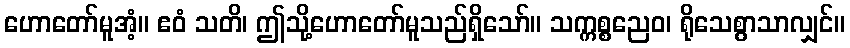
ဟောတော်မူအံ့။ ဧဝံ သတိ၊ ဤသို့ဟောတော်မူသည်ရှိသော်။ သက္ကစ္စညေဝ၊ ရိုသေစွာသာလျှင်။